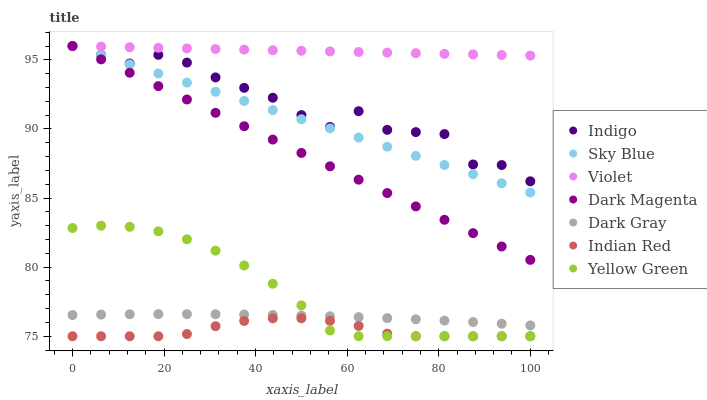
| xaxis_label | Indigo | Sky Blue | Violet | Dark Magenta | Dark Gray | Indian Red | Yellow Green |
 | --- | --- | --- | --- | --- | --- | --- | --- |
 | 0 | 96 | 96 | 96 | 96 | 76.5 | 75 | 82.8 |
 | 6.25 | 95.4 | 95.3 | 96 | 95 | 76.6 | 75 | 83 |
 | 12.5 | 94.7 | 94.7 | 95.9 | 94.1 | 76.6 | 75 | 82.9 |
 | 18.8 | 95.4 | 94 | 95.9 | 93.1 | 76.6 | 75 | 82.6 |
 | 25 | 94.8 | 93.4 | 95.8 | 92.1 | 76.6 | 75.2 | 82 |
 | 31.2 | 93.7 | 92.7 | 95.8 | 91.2 | 76.6 | 75.7 | 81.2 |
 | 37.5 | 93 | 92 | 95.7 | 90.2 | 76.6 | 76.1 | 80.1 |
 | 43.8 | 92.3 | 91.4 | 95.7 | 89.2 | 76.5 | 76.3 | 78.8 |
 | 50 | 91 | 90.7 | 95.7 | 88.3 | 76.5 | 76.3 | 77.2 |
 | 56.2 | 90.1 | 90 | 95.6 | 87.3 | 76.4 | 76.1 | 75.4 |
 | 62.5 | 91.3 | 89.4 | 95.6 | 86.3 | 76.4 | 75.7 | 75 |
 | 68.8 | 89.9 | 88.7 | 95.5 | 85.4 | 76.3 | 75.2 | 75 |
 | 75 | 89.8 | 88.1 | 95.5 | 84.4 | 76.2 | 75 | 75 |
 | 81.2 | 89.6 | 87.4 | 95.4 | 83.4 | 76.1 | 75 | 75 |
 | 87.5 | 87.4 | 86.7 | 95.4 | 82.5 | 76 | 75 | 75 |
 | 93.8 | 87.4 | 86.1 | 95.4 | 81.5 | 75.9 | 75 | 75 |
 | 100 | 86.2 | 85.4 | 95.3 | 80.5 | 75.8 | 75 | 75 |